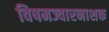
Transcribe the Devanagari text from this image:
विषमज्वारनाशक